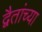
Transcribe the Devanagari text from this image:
द्वैतांच्या